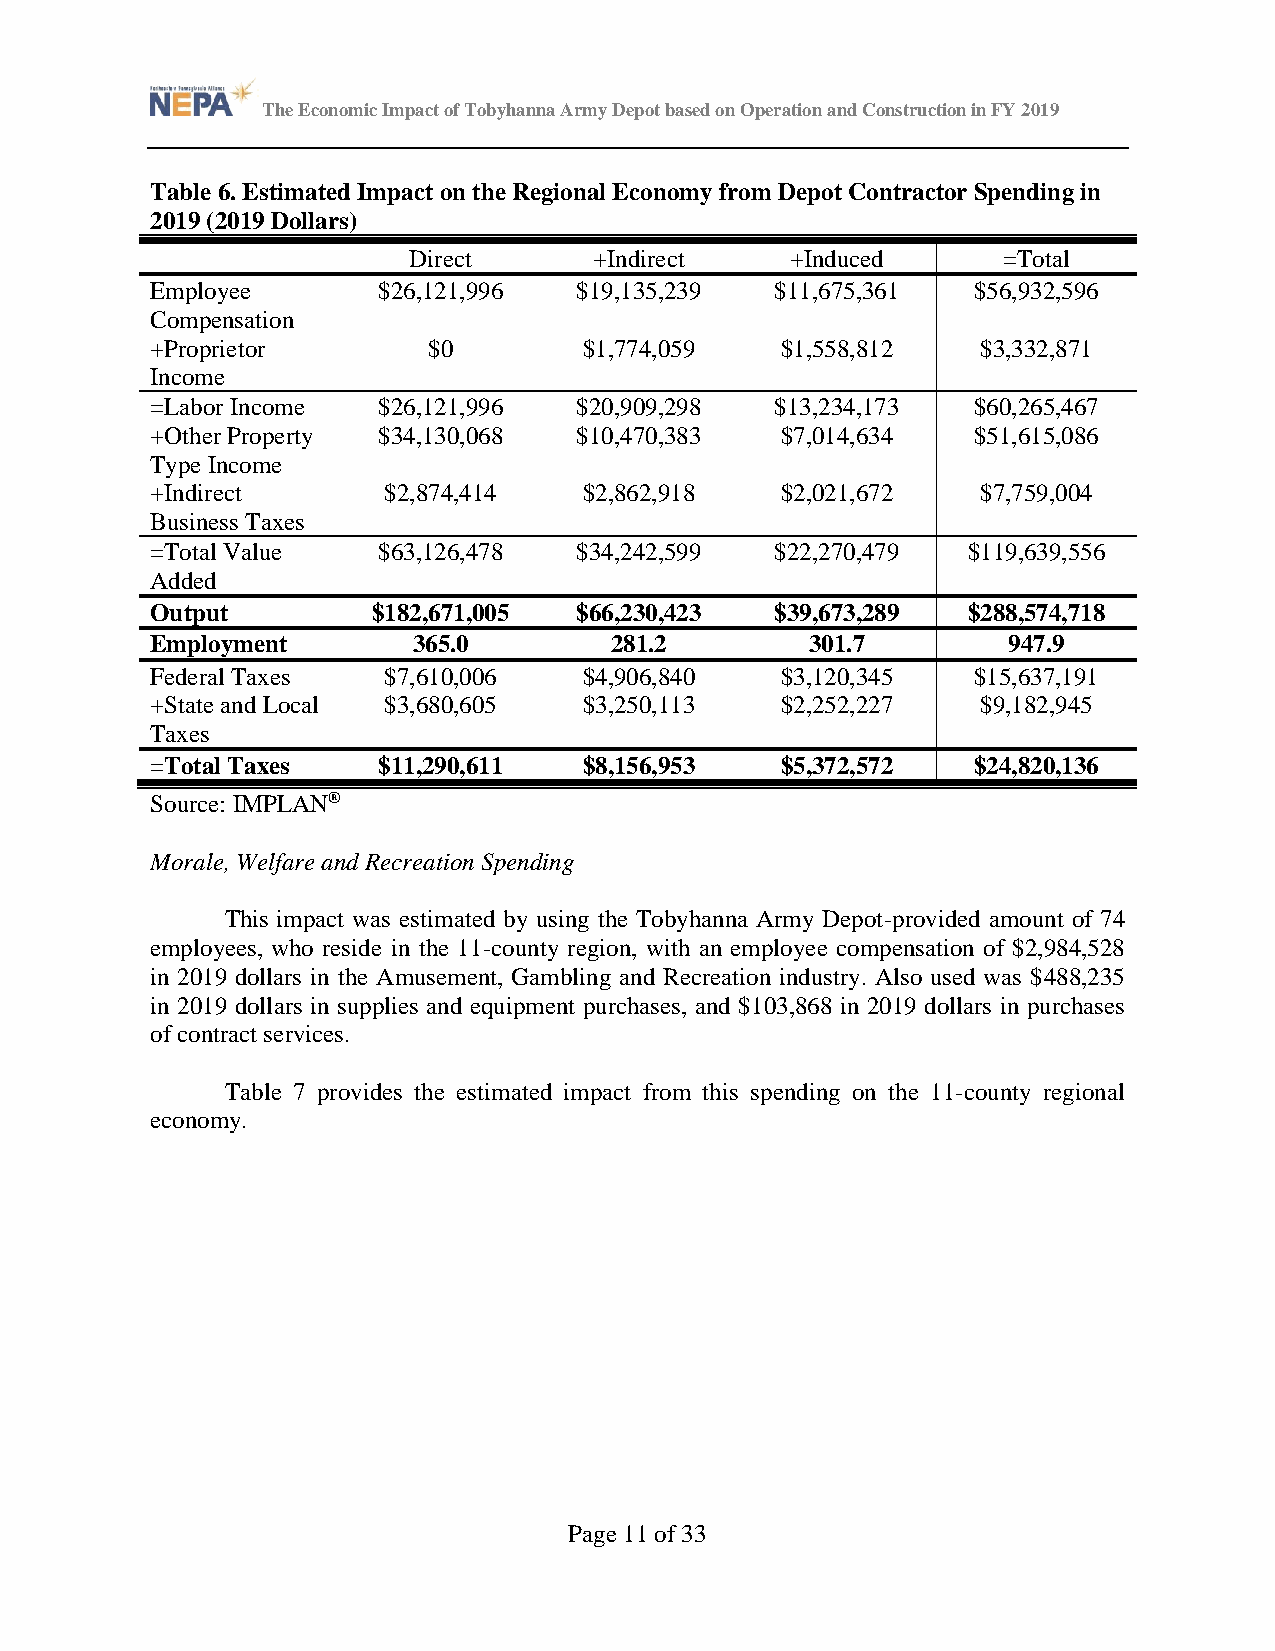
The Economic Impact of Tobyhanna Army Depot based on Operation and Construction in FY 2019
 Table 6. Estimated Impact on the Regional Economy from Depot Contractor Spending in
 2019 (2019 Dollars)
 Direct      +Indirect    +Induced      =Total
 Employee       $26,121,996  $19,135,239  $11,675,361  $56,932,596
 Compensation
 +Proprietor       $0         $1,774,059   $1,558,812   $3,332,871
 Income
 =Labor Income  $26,121,996  $20,909,298  $13,234,173  $60,265,467
 +Other Property $34,130,068 $10,470,383   $7,014,634  $51,615,086
 Type Income
 +Indirect      $2,874,414    $2,862,918   $2,021,672   $7,759,004
 Business Taxes
 =Total Value   $63,126,478  $34,242,599  $22,270,479  $119,639,556
 Added
 Output         $182,671,005 $66,230,423  $39,673,289  $288,574,718
 Employment       365.0        281.2         301.7        947.9
 Federal Taxes  $7,610,006    $4,906,840   $3,120,345  $15,637,191
 +State and Local $3,680,605  $3,250,113   $2,252,227   $9,182,945
 Taxes
 =Total Taxes   $11,290,611   $8,156,953   $5,372,572  $24,820,136
 Source: IMPLAN®
 Morale, Welfare and Recreation Spending
 This impact was estimated by using the Tobyhanna Army Depot-provided amount of 74
 employees, who reside in the 11-county region, with an employee compensation of $2,984,528
 in 2019 dollars in the Amusement, Gambling and Recreation industry. Also used was $488,235
 in 2019 dollars in supplies and equipment purchases, and $103,868 in 2019 dollars in purchases
 of contract services.
 Table 7 provides the estimated impact from this spending on the 11-county regional
 economy.
 Page 11 of 33